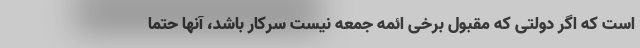
است که اگر دولتی که مقبول برخی ائمه جمعه نیست سرکار باشد، آنها حتما